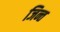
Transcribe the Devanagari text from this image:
जिन्त